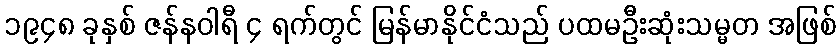
၁၉၄၈ ခုနှစ် ဇန်နဝါရီ ၄ ရက်တွင် မြန်မာနိုင်ငံသည် ပထမဦးဆုံးသမ္မတ အဖြစ်